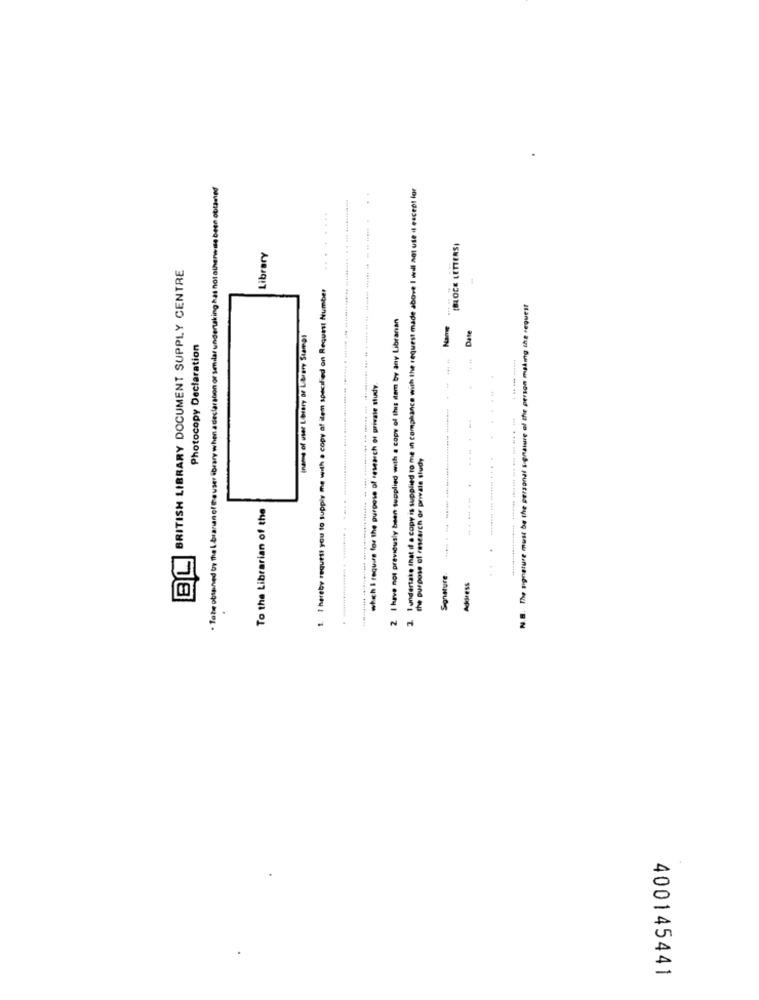
. To be obtained by the I branan of the user ibrary when a declaration of sedlar undertaking has not otherwise been obtained
3. 1 undertake that if a copy is supplied to me in compliance with the request made above I will not use it except for
(BLOCK LETTERS)
Library
BRITISH LIBRARY DOCUMENT SUPPLY CENTRE
1. 1 hereby request you to supply me with a copy af item specified on Request Number
1
N.B. The signature must be the personal signature of the person making the request
2 I have not previously baan supplied with a copy of this item by any Libranan
Date
(name of user Library of Library Stampi
Photocopy Declaration
.. "
which I require for the purpose of research or private study.
the purpose of research or private study
To the Librarian of the
BL
Sonature.
Address
400145441